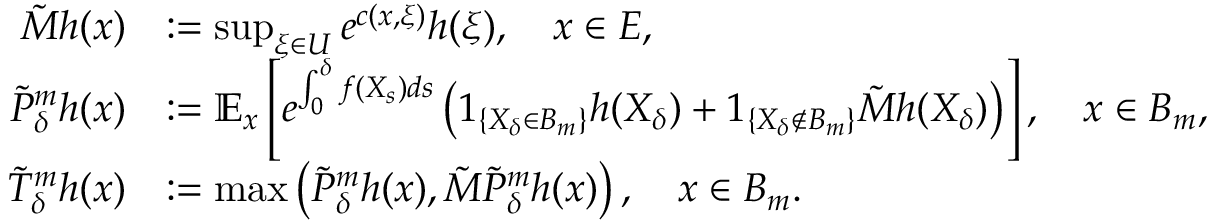
\begin{array} { r l } { \tilde { M } h ( x ) } & { : = \operatorname* { s u p } _ { \xi \in U } e ^ { c ( x , \xi ) } h ( \xi ) , \quad x \in E , } \\ { \tilde { P } _ { \delta } ^ { m } h ( x ) } & { : = \mathbb { E } _ { x } \left[ e ^ { \int _ { 0 } ^ { \delta } f ( X _ { s } ) d s } \left( 1 _ { \{ X _ { \delta } \in B _ { m } \} } h ( X _ { \delta } ) + 1 _ { \{ X _ { \delta } \notin B _ { m } \} } \tilde { M } h ( X _ { \delta } ) \right) \right] , \quad x \in B _ { m } , } \\ { \tilde { T } _ { \delta } ^ { m } h ( x ) } & { : = \operatorname* { m a x } \left( \tilde { P } _ { \delta } ^ { m } h ( x ) , \tilde { M } \tilde { P } _ { \delta } ^ { m } h ( x ) \right) , \quad x \in B _ { m } . } \end{array}